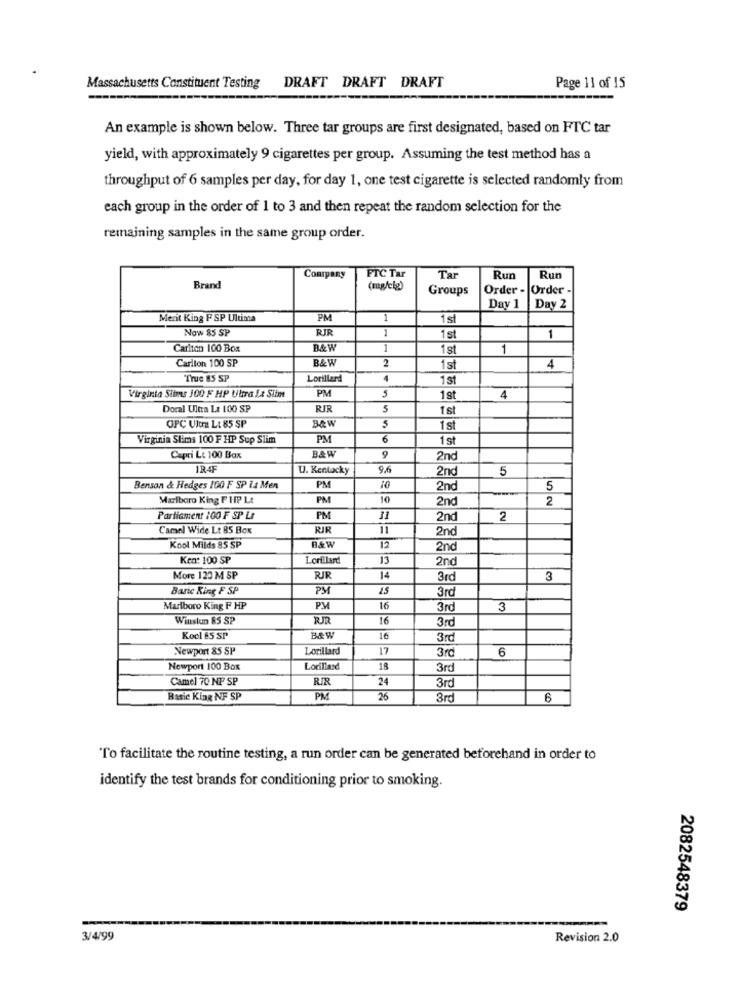
Massachusetts Constituent Testing DRAFT DRAFT DRAFT
Page 11 of 15
An example is shown below. Three tar groups are first designated, based on FTC tar
yield, with approximately 9 cigarettes per group. Assuming the test method has a
throughput of 6 samples per day, for day 1, one test cigarette is selected randomly from
each group in the order of 1 to 3 and then repeat the random selection for the
remaining samples in the same group order.
Company
FTC Tar
Tar
Run
Run
Brand
(mg/cig)
Groups
Order - Order -
Day 1
Day 2
Merit King FSP Ultima
PM
1
Now 85 SP
RIR
1st
1
Carlton 100 Box
B&W
1
1 st
1
Carlton 100 SP
B&V
2
1st
4
"True 85 SP
Lorillard
1st
Virginia Siis 100 F HP Ubra La Stin
PM
5
1st
4
Doral Ultra La 100 SP
RJR
5
1 st
B&W
5
OPC Ultra L: 85 SP
1st
Virginia Stims 100 F HP Sup Slim
PM
6
1 st
B&W
Capri L: 100 Box
9
2nd
IR4F
U. Kentacky
9.6
2nd
5
Benson & Hedges 100 F SP 11 Men
PM
2nd
5
Marlboro King F HP Lt
PM
10
2nd
2
Parliament 100 F SP Lr
PM
2nd
2
Camel Wide Lt 85 Box
RIR
11
2nd
Kool Milds 85 SP
B&W
12
2nd
Ken: 100 SP
Lorillard
13
2nd
More 120 M SP
RIR
14
3rd
3
Baric King F SP
PM
25
3rd
Marlboro King F HP
PM
16
3rd
3
Winskm 8S SP
16
3rd
Kool &5 SP
B&W
16
3rd
Newport 85 SP
Lorillard
17
3rd
6
Newport 100 Box
Lorillard
18
3rd
Camel 70 NF SP
RIR
24
3rd
Basic King NF SP
PM
26
3rd
6
To facilitate the routine testing, a run order can be generated beforehand in order to
identify the test brands for conditioning prior to smoking.
2082548379
3/4/99
Revision 2.0